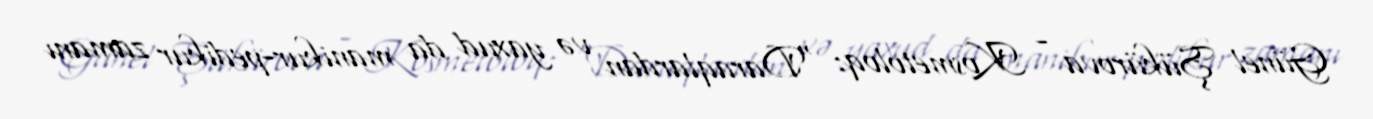
Günel Şükürova - Kosmetoloq: “Daraqlardan və yaxud da manikur-pedikur zamanı